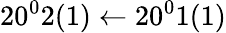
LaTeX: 20^{0}2(1)\leftarrow 20^{0}1(1)